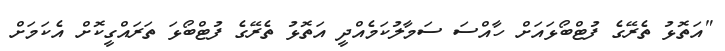
"އަތޮޅު ތެރޭގެ ފުޓްބޯޅައަށް ހާއްސަ ސަމާލުކަމެއްދީ އަތޮޅު ތެރޭގެ ފުޓްބޯޅަ ތަރައްގީކޮށް އެކަމަށް